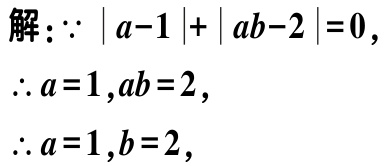
解：$\because |a - 1|+|ab - 2| = 0,$
$\therefore a = 1,ab = 2,$
$\therefore a = 1,b = 2,$